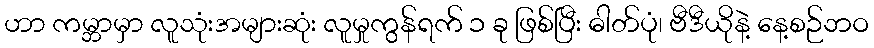
ဟာ ကမ္ဘာမှာ လူသုံးအများဆုံး လူမှုကွန်ရက် ၁ ခု ဖြစ်ပြီး ဓါတ်ပုံ၊ ဗီဒီယိုနဲ့ နေ့စဉ်ဘဝ